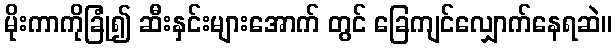
မိုးကာကိုခြုံ၍ ဆီးနှင်းများအောက် တွင် ခြေကျင်လျှောက်နေရဆဲ။